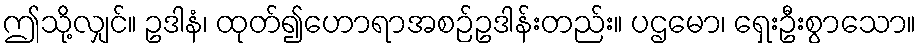
ဤသို့လျှင်။ ဥဒါနံ၊ ထုတ်၍ဟောရာအစဉ်ဥဒါန်းတည်း။ ပဌမော၊ ရှေးဦးစွာသော။